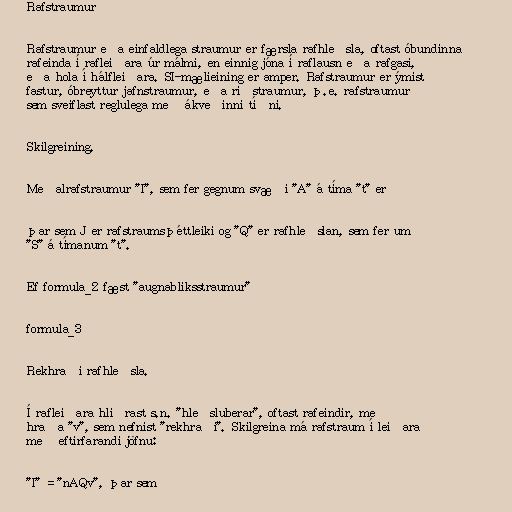
Rafstraumur

Rafstraumur eða einfaldlega straumur er færsla rafhleðsla, oftast óbundinna
rafeinda í rafleiðara úr málmi, en einnig jóna í raflausn eða rafgasi,
eða hola í hálfleiðara. SI-mælieining er amper. Rafstraumur er ýmist
fastur, óbreyttur jafnstraumur, eða riðstraumur, þ.e. rafstraumur
sem sveiflast reglulega með ákveðinni tíðni.

Skilgreining.

Meðalrafstraumur "I", sem fer gegnum svæði "A" á tíma "t" er

þar sem J er rafstraumsþéttleiki og "Q" er rafhleðslan, sem fer um
"S" á tímanum "t".

Ef formula_2 fæst "augnabliksstraumur"

formula_3

Rekhraði rafhleðsla.

Í rafleiðara hliðrast s.n. "hleðsluberar", oftast rafeindir, með
hraða "v", sem nefnist "rekhraði". Skilgreina má rafstraum í leiðara
með eftirfarandi jöfnu:

"I" = "nAQv", þar sem